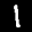
Label: 1